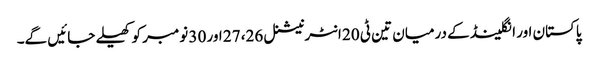
پاکستان اور انگلینڈ کے درمیان تین ٹی 20 انٹرنیشنل 26، 27 اور 30 نومبر کو کھیلے جائیں گے۔